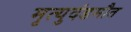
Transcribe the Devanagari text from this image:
मृत्युदंडमौत